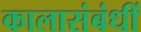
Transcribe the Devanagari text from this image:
कालासंबंधीं